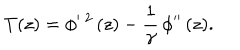
T ( z ) = \phi ^ { \prime } \, ^ { 2 } \, ( z ) - \frac { 1 } { \gamma } \, \phi ^ { \prime \prime } \, ( z ) .